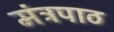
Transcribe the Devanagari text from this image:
मंत्रपाठ